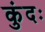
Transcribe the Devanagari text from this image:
कुंदः